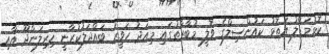
ކޮޅުމަޑުލު އަތޮޅު ކައުންސިލްގެ ވޮލީ މުބާރާތުގައި މިއަދު ހަވީރު ބައްދަލުކުރާނީ ހިރިލަންދޫ އާއި